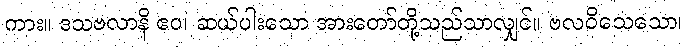
ကား။ ဒသဗလာနိ ဧဝ၊ ဆယ်ပါးသော အားတော်တို့သည်သာလျှင်။ ဗလဝိသေသော၊